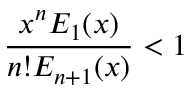
\frac { x ^ { n } E _ { 1 } ( x ) } { n ! E _ { n + 1 } ( x ) } < 1